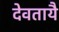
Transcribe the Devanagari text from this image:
देवतायै